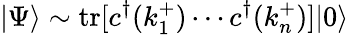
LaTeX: |\Psi\rangle\sim\mathrm{tr}[c^{\dagger}(k_{1}^{+})\cdots c^{\dagger}(k_{n}^{+})]|0\rangle